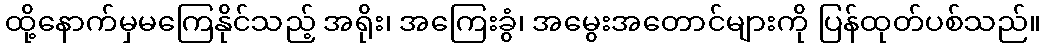
ထို့နောက်မှမကြေနိုင်သည့် အရိုး၊ အကြေးခွံ၊ အမွေးအတောင်များကို ပြန်ထုတ်ပစ်သည်။